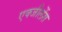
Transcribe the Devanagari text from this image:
एक्जीलेंस